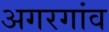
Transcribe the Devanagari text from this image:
अगरगांव